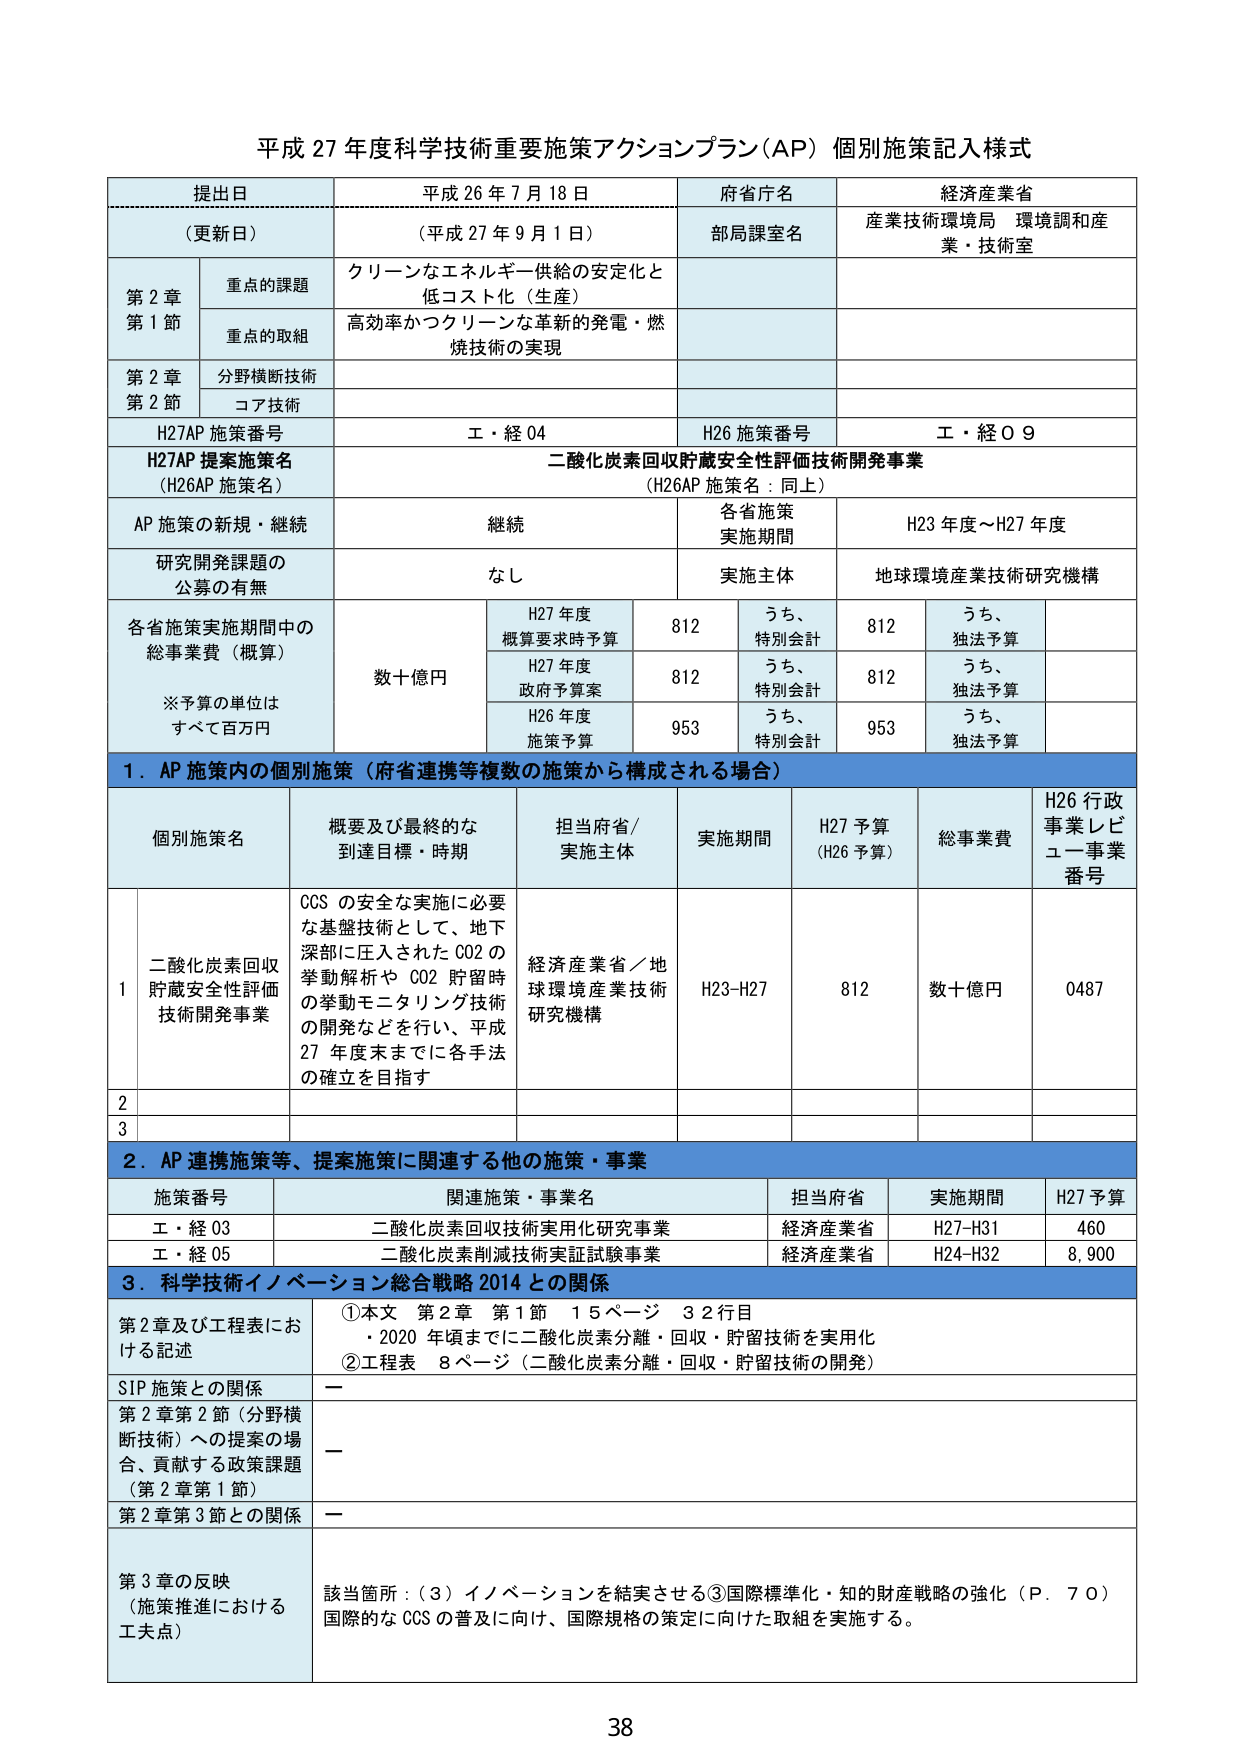
平成 27 年度科学技術重要施策アクションプラン（AP）個別施策記入様式

提出日 平成 26 年 7 月 18 日
（更新日） （平成 27 年 9 月 1 日）
府省庁名 経済産業省
部局課室名 産業技術環境局 環境調和産業・技術室

第 2 章
第 1 節
重点の課題 クリーンなエネルギー供給の安定化と
低コスト化（生産）
重点的取組 高効率かつクリーンな革新的発電・燃
焼技術の実現

第 2 章
第 2 節
分野横断技術
コア技術

H27AP 施策番号 エ・経 04
H26 施策番号 エ・経 0 9

H27AP 提案施策名
（H26AP 施策名）
二酸化炭素回収貯蔵安全性評価技術開発事業
（H26AP 施策名：同上）

AP 施策の新規・継続 継続
各省施策
実施期間 H23 年度～H27 年度

研究開発課題の
公募の有無 なし
実施主体 地球環境産業技術研究機構

各省施策実施期間中の
総事業費（概算）
※予算の単位は
すべて百万円
数十億円
H27 年度
概算要求時予算 812 うち、
特別会計 812 うち、
独法予算
H27 年度
政府予算案 812 うち、
特別会計 812 うち、
独法予算
H26 年度
施策予算 953 うち、
特別会計 953 うち、
独法予算

1．AP 施策内の個別施策（府省連携等複数の施策から構成される場合）

個別施策名 概要及び最終的な
到達目標・時期 担当府省／
実施主体 実施期間 H27 予算
（H26 予算） 総事業費 H26 行政
事業レビュー事業
番号

1 二酸化炭素回収
貯蔵安全性評価
技術開発事業 CCS の安全な実施に必要
な基盤技術として、地下
深部に圧入された CO2 の
挙動解析や CO2 貯留時
の挙動モニタリング技術
の開発などを行い、平成
27 年度末までに各手法
の確立を目指す 経済産業省／地
球環境産業技術
研究機構 H23-H27 812 数十億円 0487

2

3

2．AP 連携施策等、提案施策に関連する他の施策・事業

施策番号 関連施策・事業名 担当府省 実施期間 H27 予算

エ・経 03 二酸化炭素回収技術実用化研究事業 経済産業省 H27-H31 460

エ・経 05 二酸化炭素削減技術実証試験事業 経済産業省 H24-H32 8,900

3．科学技術イノベーション総合戦略 2014 との関係

第 2 章及び工程表にお
ける記述 ①本文 第 2 章 第 1 節 15 ページ 3 2 行目
・2020 年頃までに二酸化炭素分離・回収・貯留技術を実用化
②工程表 8 ページ（二酸化炭素分離・回収・貯留技術の開発）

SIP 施策との関係 ー

第 2 章第 2 節（分野横
断技術）への提案の場
合、貢献する政策課題
（第 2 章第 1 節） ー

第 2 章第 3 節との関係 ー

第 3 章の反映
（施策推進における
工夫点） 該当箇所：（3）イノベーションを結実させる③国際標準化・知的財産戦略の強化（P．70）
国際的な CCS の普及に向け、国際規格の策定に向けた取組を実施する。

38